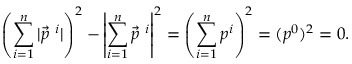
\left( \sum _ { i = 1 } ^ { n } | \vec { p } ^ { \ i } | \right) ^ { 2 } - \left| \sum _ { i = 1 } ^ { n } \vec { p } ^ { \ i } \right| ^ { 2 } = \left( \sum _ { i = 1 } ^ { n } p ^ { i } \right) ^ { 2 } = ( p ^ { 0 } ) ^ { 2 } = 0 .